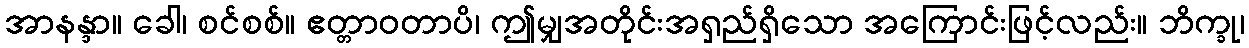
အာနန္ဒာ။ ခေါ၊ စင်စစ်။ ဧတ္တာဝတာပိ၊ ဤမျှအတိုင်းအရှည်ရှိသော အကြောင်းဖြင့်လည်း။ ဘိက္ခု၊